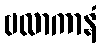
ဗလာကာနံ